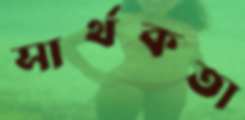
সার্থকতা